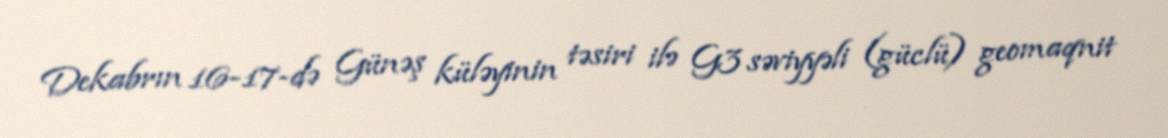
Dekabrın 16-17-də Günəş küləyinin təsiri ilə G3 səviyyəli (güclü) geomaqnit